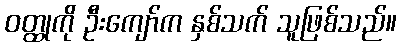
ဝတ္ထုကို ဦးကျော်က နှစ်သက် သူဖြစ်သည်။